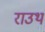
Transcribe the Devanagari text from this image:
राउथ